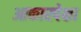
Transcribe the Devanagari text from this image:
आकारपेक्षा